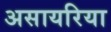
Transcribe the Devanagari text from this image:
असायरिया